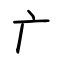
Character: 广